Report of the veterinary officer investigating camel disease
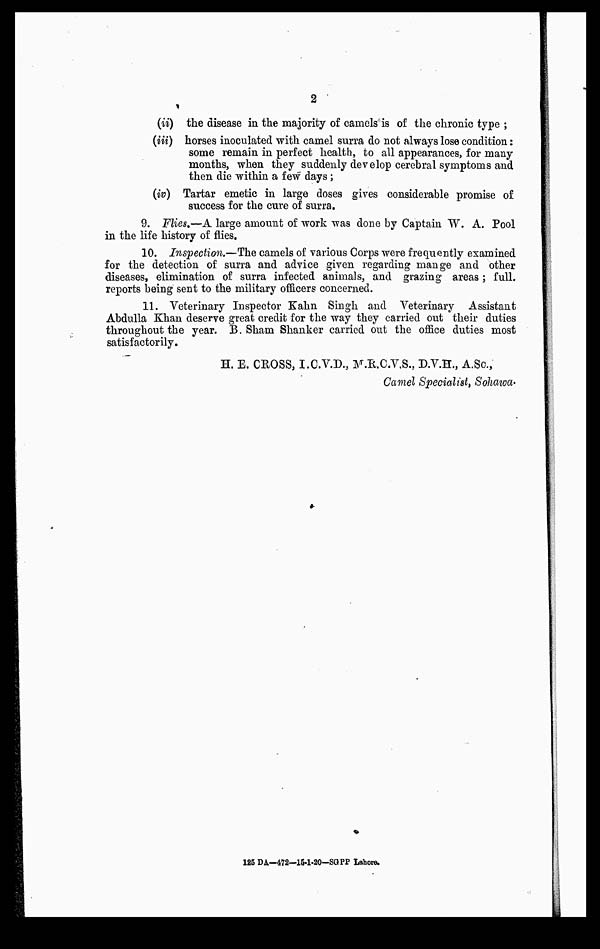
2
(ii) the disease in the majority of camels is of the chronic type ;
(iii) horses inoculated with camel surra do not always lose condition:
some remain in perfect health, to all appearances, for many
months, when they suddenly develop cerebral symptoms and
then die within a few days ;
(iv) Tartar emetic in large doses gives considerable promise of
success for the cure of surra.
9. Flies.—A large amount of work was done by Captain W. A. Pool
in the life history of flies.
10. Inspection.—The camels of various Corps were frequently examined
for the detection of surra and advice given regarding mange and other
diseases, elimination of surra infected animals, and grazing areas ; full,
reports being sent to the military officers concerned.
11. Veterinary Inspector Kahn Singh and Veterinary Assistant
Abdulla Khan deserve great credit for the way they carried out their duties
throughout the year. B. Sham Shanker carried out the office duties most
satisfactorily.
H. E. CROSS, I.C.V.D., M.R.C.V.S., D.V.H., A.Sc,
Camel Specialist, Sohaiva.